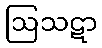
ဩသဋာ